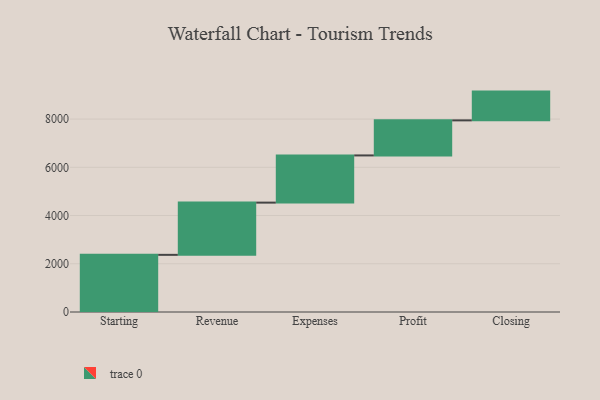
{"axis": {"x": "Step", "y": "Value"}, "legend": [""], "data": [{"x": "Starting", "y": 2370.0, "type": ""}, {"x": "Revenue", "y": 2166.0, "type": ""}, {"x": "Expenses", "y": 1957.0, "type": ""}, {"x": "Profit", "y": 1454.0, "type": ""}, {"x": "Closing", "y": 1193.0, "type": ""}]}